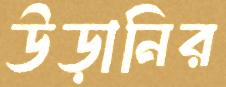
উড়ানির